Vaccination Hyderabad 1872-1889 - 1872-1889
Year: 1872
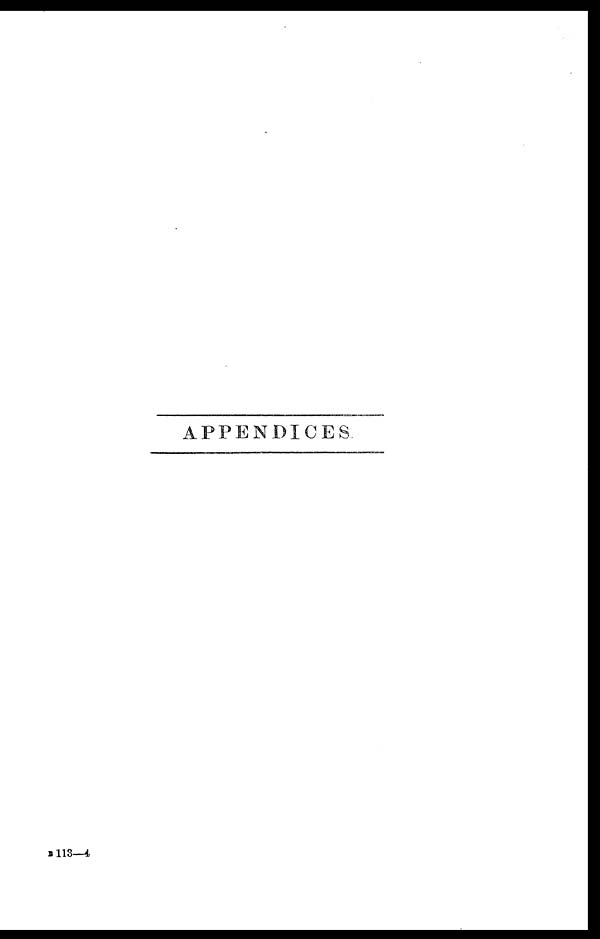
APPENDICES
B 113—4